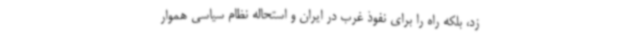
زد، بلکه راه را برای نفوذ غرب در ایران و استحاله نظام سیاسی هموار